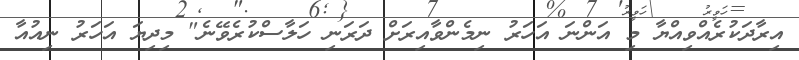
އިރާދަކުރެއްވިއްޔާ މި އަންނަ އަހަރު ނިމެންވާއިރަށް ދަރަނި ހަލާސްކުރެވޭނެ" މިދިޔަ އަހަރު ނިއުއާ